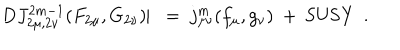
D J _ { 2 \mu , 2 \nu } ^ { 2 m - 1 } ( F _ { 2 \mu } , G _ { 2 \nu } ) \! \! \mid \ = \ j _ { \mu \nu } ^ { m } ( f _ { \mu } , g _ { \nu } ) \ + \ \mathrm { S U S Y } \ \ .